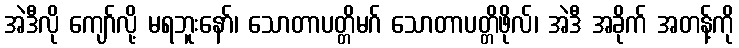
အဲဒီလို ကျော်လို့ မရဘူးနော်၊ သောတာပတ္တိမဂ် သောတာပတ္တိဖိုလ်၊ အဲဒီ အခိုက် အတန့်ကို